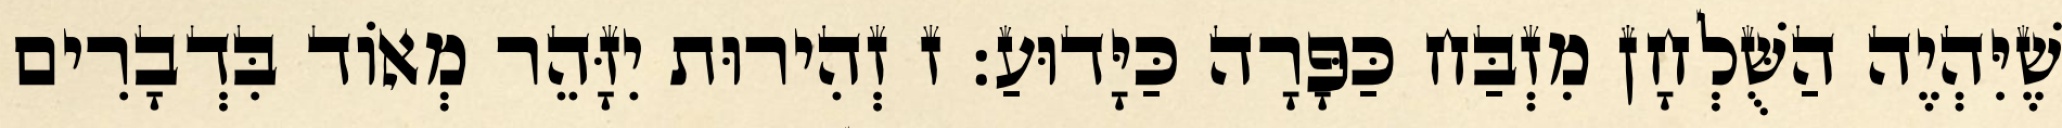
שֶׁיִּהְיֶה הַשֻּׁלְחָן מִזְבַּח כַּפָּרָה כַּיָּדוּעַ: ז זְהִירוּת יִזָּהֵר מְאוֹד בִּדְבָרִים